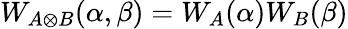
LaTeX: W_{A\otimes B}(\alpha,\beta)=W_{A}(\alpha)W_{B}(\beta)